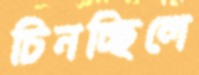
চিনচ্ছিলে